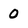
Character: 0